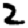
Digit: 2